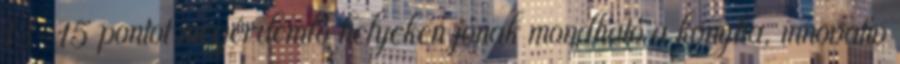
13–15 pontot megérdemlő helyeken jónak mondható a konyha, innovatív